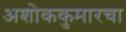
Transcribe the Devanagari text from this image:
अशोककुमारचा